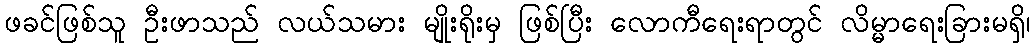
ဖခင်ဖြစ်သူ ဦးဖာသည် လယ်သမား မျိုးရိုးမှ ဖြစ်ပြီး လောကီရေးရာတွင် လိမ္မာရေးခြားမရှိ၊